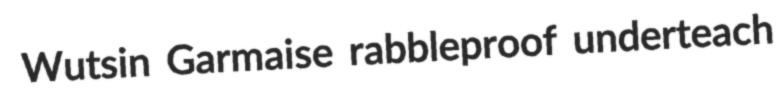
Wutsin Garmaise rabbleproof underteach